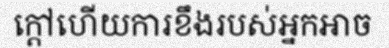
ក្តៅហើយការខឹងរបស់អ្នកអាច